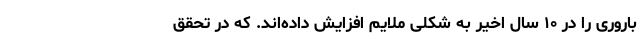
باروری را در ۱۰ سال اخیر به شکلی ملایم افزایش داده‌اند. که در تحقق